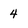
Character: 4